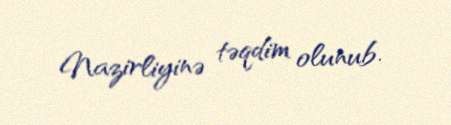
Nazirliyinə təqdim olunub.